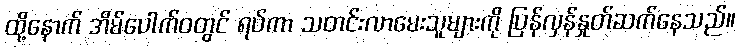
ထို့နောက် အိမ်ပေါက်ဝတွင် ရပ်ကာ သတင်းလာမေးသူများကို ပြန်လှန်နှုတ်ဆက်နေသည်။